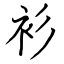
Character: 衫